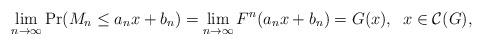
LaTeX: \begin{align*}\lim_{n\to\infty}\Pr(M_n\leq a_nx+b_n)=\lim_{n\to\infty}F^n(a_nx+b_n)=G(x),\;\;x\in \mathcal{C}(G),\end{align*}